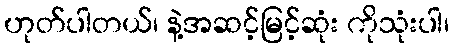
ဟုတ်ပါတယ်၊ နဲ့အဆင့်မြင့်ဆုံး ကိုသုံးပါ၊